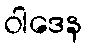
ဝါဒေန